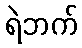
ရဲဘက်